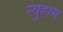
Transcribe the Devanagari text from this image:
न्युहाम